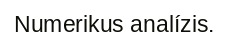
Numerikus analízis.